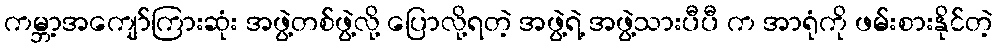
ကမ္ဘာ့အကျော်ကြားဆုံး အဖွဲ့တစ်ဖွဲ့လို့ ပြောလို့ရတဲ့ အဖွဲ့ရဲ့ အဖွဲ့သားပီပီ က အာရုံကို ဖမ်းစားနိုင်တဲ့